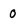
Character: 0